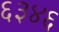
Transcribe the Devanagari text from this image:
६३४६